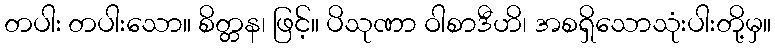
တပါး တပါးသော။ စိတ္တန၊ ဖြင့်။ ပိသုဏာ ဝါစာဒီဟိ၊ အစရှိသောသုံးပါးတို့မှ။